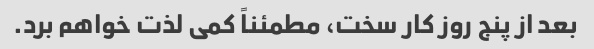
بعد از پنج روز کار سخت، مطمئناً کمی لذت خواهم برد.